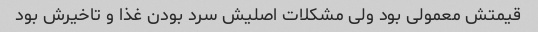
قیمتش معمولی بود ولی مشکلات اصلیش سرد بودن غذا و تاخیرش بود